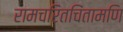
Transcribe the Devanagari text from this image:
रामचरितचिंतामणि